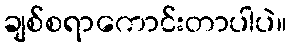
ချစ်စရာကောင်းတာပါပဲ။